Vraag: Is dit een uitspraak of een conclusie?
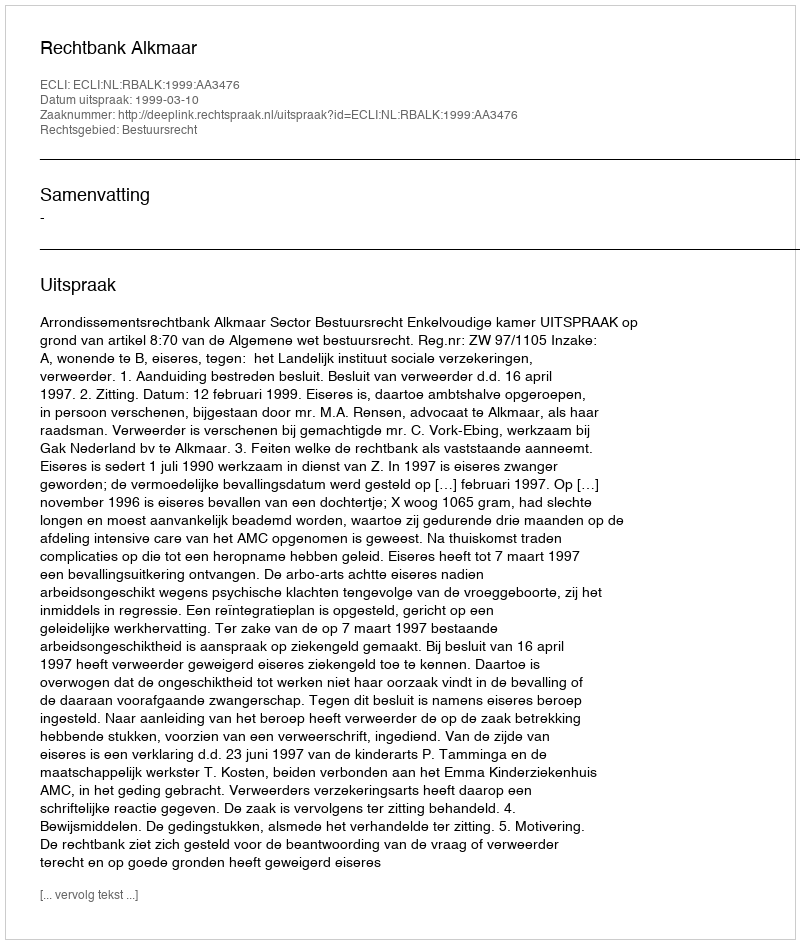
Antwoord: Uitspraak